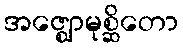
အဇ္ဈောမုစ္ဆိတော